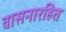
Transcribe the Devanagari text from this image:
वासनारहित